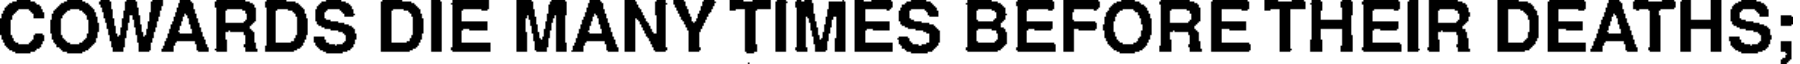
COWARDS DIE MANY TIMES BEFORE THEIR DEATHS;